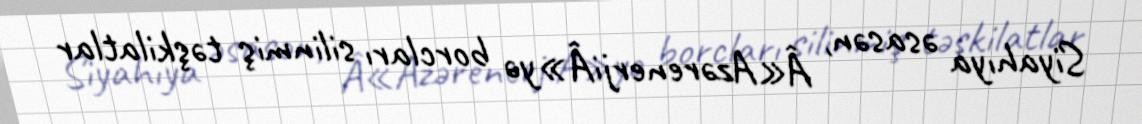
Siyahıya əsasən, Â«AzərenerjiÂ»yə borcları silinmiş təşkilatlar